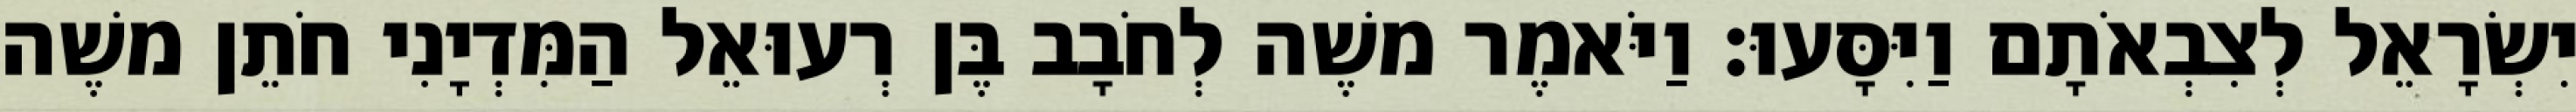
יִשְׂרָאֵל לְצִבְאֹתָם וַיִּסָּעוּ׃ וַיֹּאמֶר משֶׁה לְחֹבָב בֶּן רְעוּאֵל הַמִּדְיָנִי חֹתֵן משֶׁה